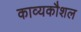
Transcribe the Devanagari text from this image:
काव्यकौशल